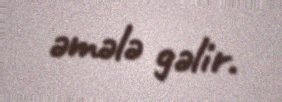
əmələ gəlir.